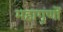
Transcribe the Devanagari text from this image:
महागुणों